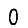
Digit: 0